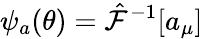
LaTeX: \psi_{a}(\theta)=\hat{\mathcal{F}}^{-1}[a_{\mu}]